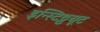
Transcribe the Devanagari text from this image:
इन्स्टिट्टयूट